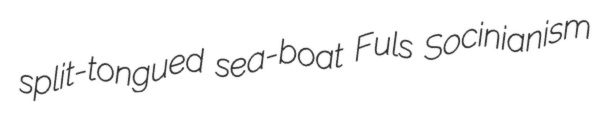
split-tongued sea-boat Fuls Socinianism